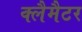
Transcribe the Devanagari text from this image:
क्लैमैटर